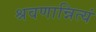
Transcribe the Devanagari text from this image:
श्रवणान्नित्यं